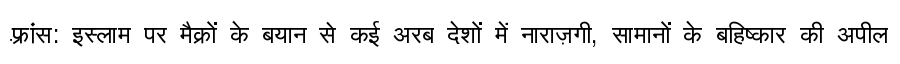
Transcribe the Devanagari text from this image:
फ़्रांस: इस्लाम पर मैक्रों के बयान से कई अरब देशों में नाराज़गी, सामानों के बहिष्कार की अपील